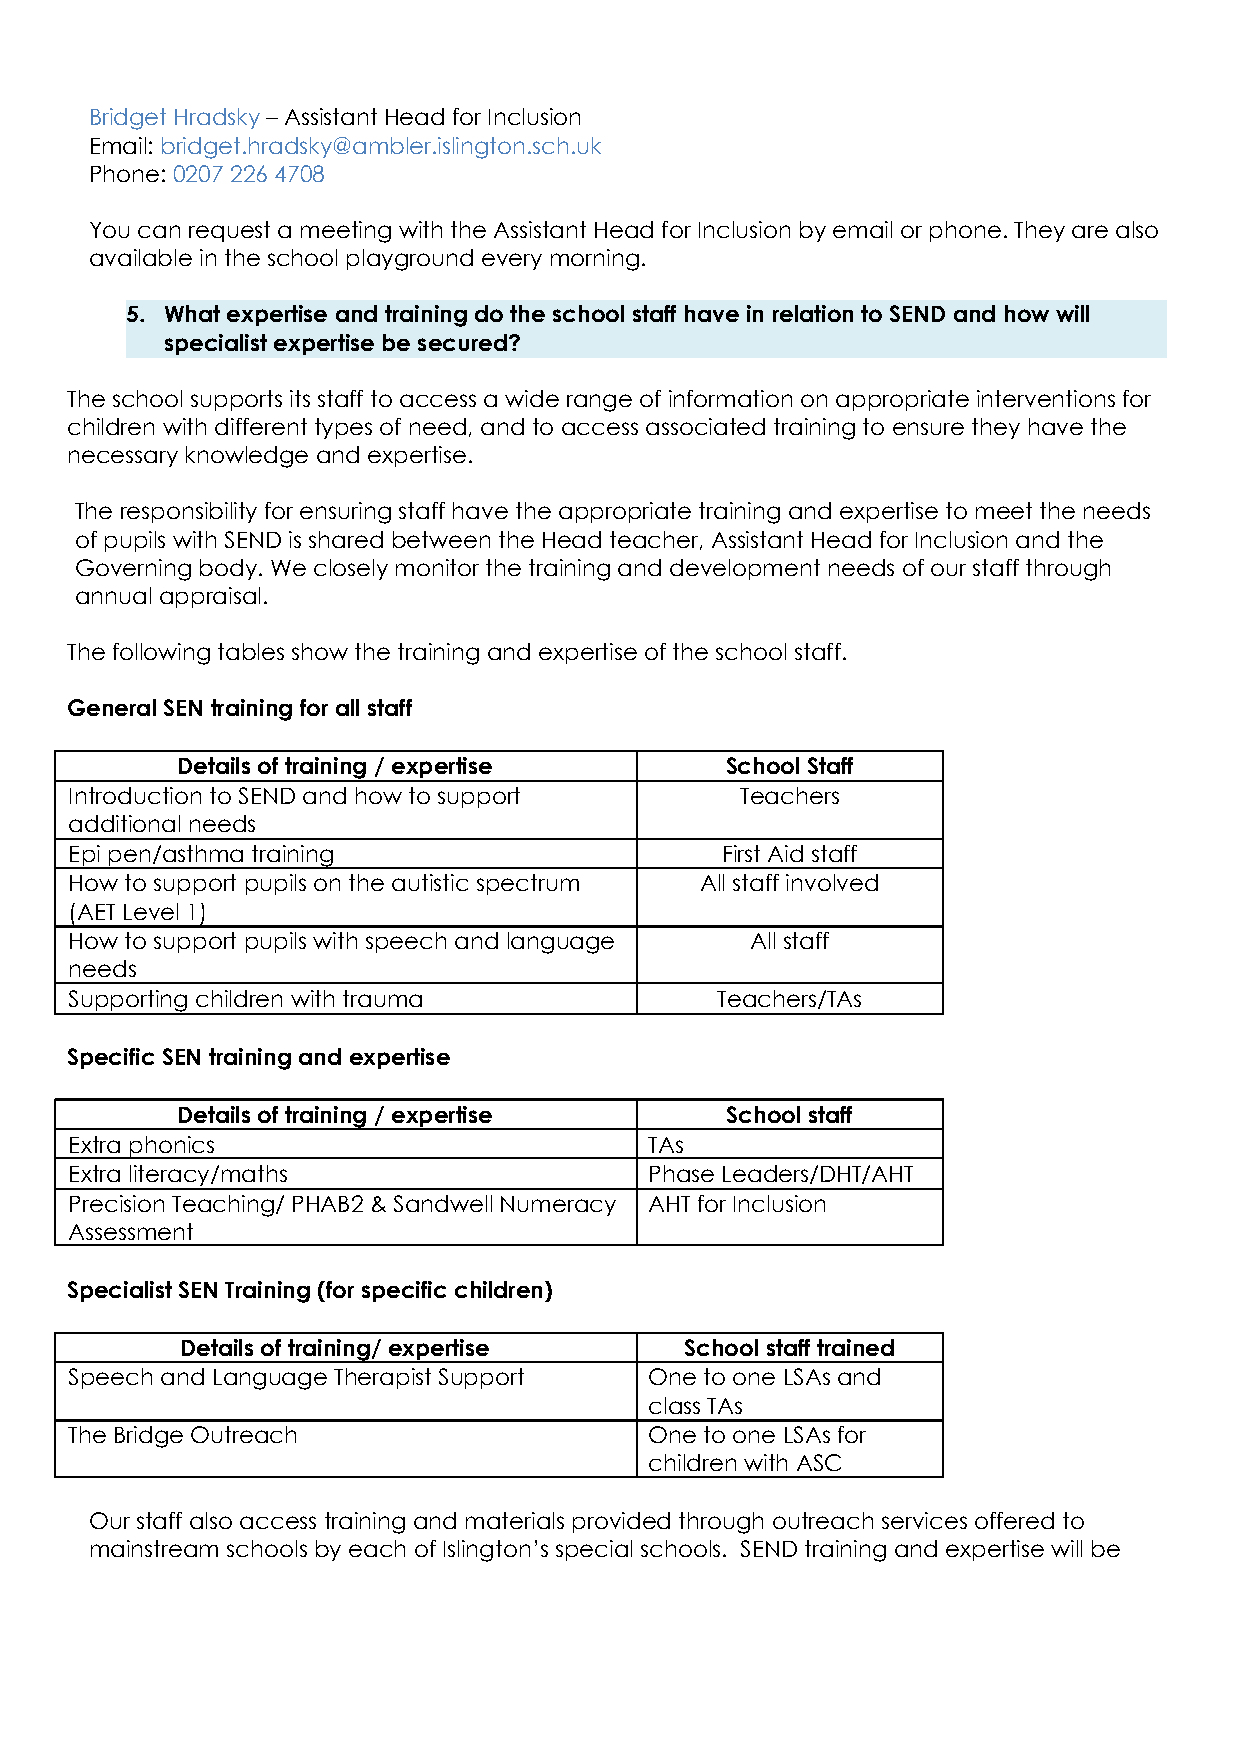
Bridget Hradsky – Assistant Head for Inclusion
 Email: bridget.hradsky@ambler.islington.sch.uk
 Phone: 0207 226 4708
 You can request a meeting with the Assistant Head for Inclusion by email or phone. They are also
 available in the school playground every morning.
 5. What expertise and training do the school staff have in relation to SEND and how will
 specialist expertise be secured?
 The school supports its staff to access a wide range of information on appropriate interventions for
 children with different types of need, and to access associated training to ensure they have the
 necessary knowledge and expertise.
 The responsibility for ensuring staff have the appropriate training and expertise to meet the needs
 of pupils with SEND is shared between the Head teacher, Assistant Head for Inclusion and the
 Governing body. We closely monitor the training and development needs of our staff through
 annual appraisal.
 The following tables show the training and expertise of the school staff.
 General SEN training for all staff
 Details of training / expertise     School Staff
 Introduction to SEND and how to support     Teachers
 additional needs
 Epi pen/asthma training                    First Aid staff
 How to support pupils on the autistic spectrum All staff involved
 (AET Level 1)
 How to support pupils with speech and language All staff
 needs
 Supporting children with trauma           Teachers/TAs
 Specific SEN training and expertise
 Details of training / expertise     School staff
 Extra phonics                         TAs
 Extra literacy/maths                  Phase Leaders/DHT/AHT
 Precision Teaching/ PHAB2 & Sandwell Numeracy AHT for Inclusion
 Assessment
 Specialist SEN Training (for specific children)
 Details of training/ expertise   School staff trained
 Speech and Language Therapist Support One to one LSAs and
 class TAs
 The Bridge Outreach                   One to one LSAs for
 children with ASC
 Our staff also access training and materials provided through outreach services offered to
 mainstream schools by each of Islington’s special schools. SEND training and expertise will be